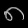
Digit: ၈